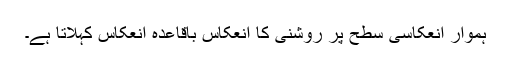
ہموار انعکاسی سطح پر روشنی کا انعکاس باقاعدہ انعکاس کہلاتا ہے۔